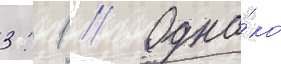
3: 1 // Одна́ко